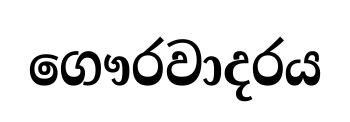
ගෞරවාදරය